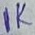
Text: 1K